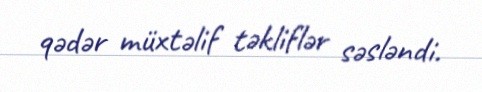
qədər müxtəlif təkliflər səsləndi.